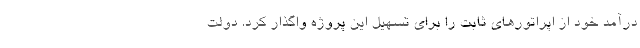
درآمد خود از اپراتورهای ثابت را برای تسهیل این پروژه واگذار کرد. دولت